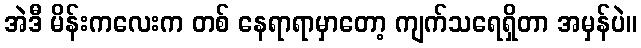
အဲဒီ မိန်းကလေးက တစ် နေရာရာမှာတော့ ကျက်သရေရှိတာ အမှန်ပဲ။